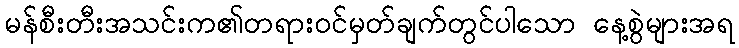
မန်စီးတီးအသင်းက၏တရားဝင်မှတ်ချက်တွင်ပါသော နေ့စွဲများအရ